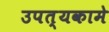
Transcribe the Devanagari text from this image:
उपत्यकामे